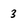
Character: 3